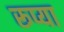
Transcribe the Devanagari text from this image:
रूप्या